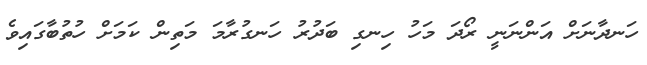
ހަނދާނަށް އަންނަނީ ރޯދަ މަހު ހިނގި ބަދުރު ހަނގުރާމަ މަތިން ކަމަށް ހުތުބާގައިވެ